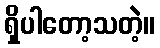
ရှိပါတော့သတဲ့။